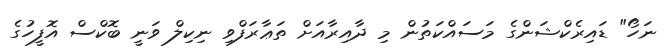
ނަހޯ" ޑައިރެކްޝަންގެ މަސައްކަތުން މި ދާއިރާއަށް ތަޢާރަފްވި ނިކިލް ވަނީ ބޮކްސް އޮފީހުގެ